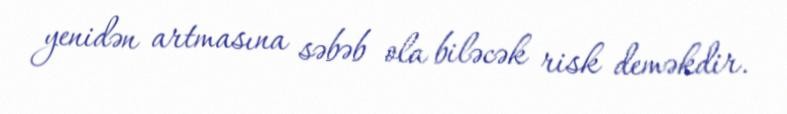
yenidən artmasına səbəb ola biləcək risk deməkdir.